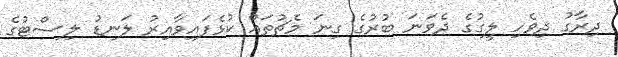
ދިރާގު ދިވެހި ލީގުގެ ދެވަނަ ބުރުގެ ގިނަ މެޗުތައް ކުޅެފައިވާއިރު ލަނޑު ލިސްޓުގެ